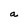
Character: a